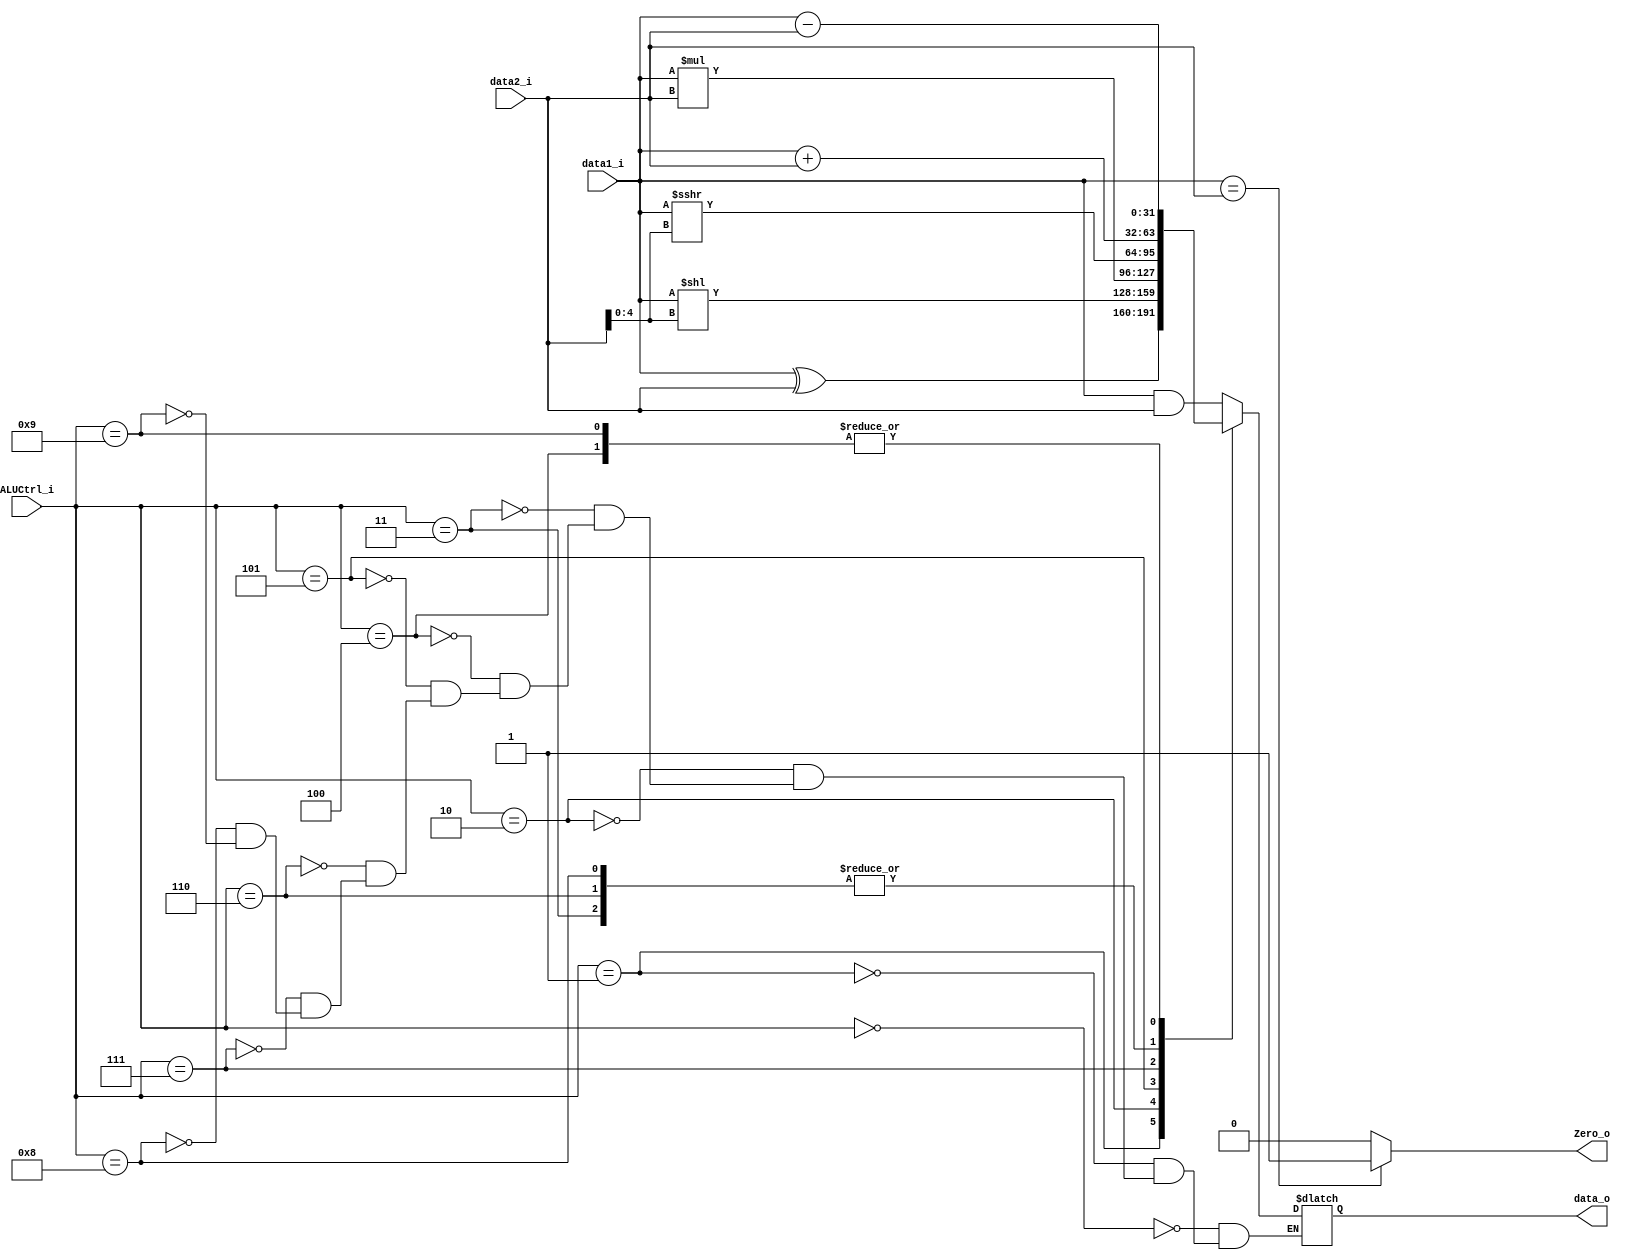
module ALU
(
	data1_i,
    data2_i,
    ALUCtrl_i,
    data_o,
    Zero_o
);



// Ports
input	signed [31:0]	data1_i;
input	signed [31:0]	data2_i;
input	[3:0]	ALUCtrl_i;
output	reg signed [31:0]	data_o;
output	reg	Zero_o;
reg	[4:0]	shift_left_num;
reg	[4:0]	shift_right_num;


always@(data1_i, data2_i, ALUCtrl_i)begin
	case(ALUCtrl_i)
		4'b0000	:data_o = data1_i & data2_i;
		4'b0001	:data_o = data1_i ^ data2_i;
		4'b0010	:begin
					shift_left_num = data2_i[4:0];
					data_o = data1_i << shift_left_num;
				end
		4'b0011	:data_o = data1_i + data2_i;
		4'b0100	:data_o = data1_i - data2_i;
		4'b0101	:data_o = data1_i * data2_i;
		4'b0110	:data_o = data1_i + data2_i;
		4'b0111	:begin
					shift_right_num = data2_i[4:0];
					data_o = data1_i >>> shift_right_num;
				end
		4'b1000 :data_o = data1_i + data2_i;
		4'b1001 :data_o = data1_i - data2_i;

	endcase
	if(data1_i == data2_i)begin
		Zero_o = 1'b1;
	end
	else begin
		Zero_o = 1'b0;
	end


end


endmodule